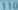
110